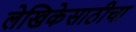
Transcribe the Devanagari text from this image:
लेखिकेसाठीचा